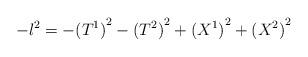
LaTeX: \begin{align*}- l^2 = - {(T^1)}^2 - {(T^2)}^2 + {(X^1)}^2 + {(X^2)}^2 \end{align*}